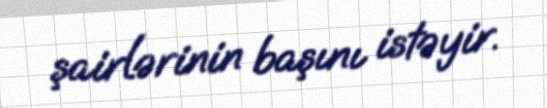
şairlərinin başını istəyir.